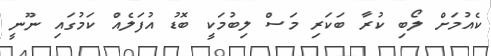
ކެއުމަށް ލޯބި ކުރާ ބަކަރި މަސް ލިބުމަކީ ބޮޑު އުފަލެއް ކަމުގައި ނޫނީ